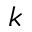
k